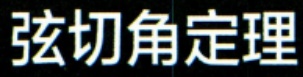
弦切角定理